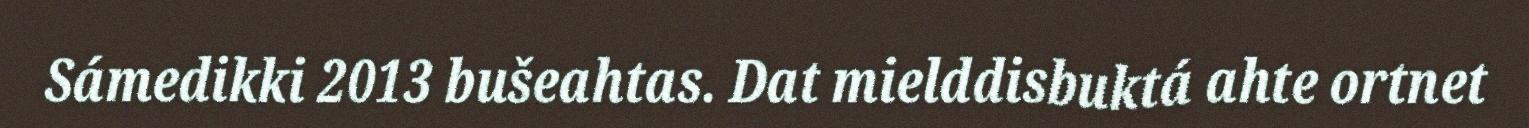
Sámedikki 2013 bušeahtas. Dat mielddisbuktá ahte ortnet